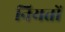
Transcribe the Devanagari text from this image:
नियतों